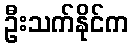
ဦးသက်နိုင်က